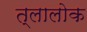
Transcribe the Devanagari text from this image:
त्लालोक